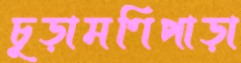
চূড়ামণিপাড়া